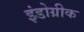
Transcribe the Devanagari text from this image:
इंंडोग्रीक